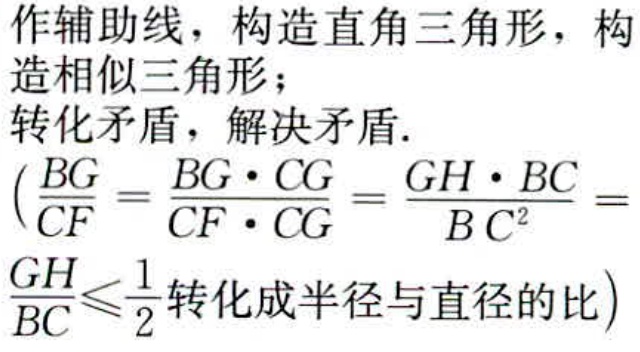
作辅助线，构造直角三角形，构
造相似三角形；
转化矛盾，解决矛盾.
$\left(\frac{BG}{CF}=\frac{BG\cdot CG}{CF\cdot CG}=\frac{GH\cdot BC}{BC^{2}}=\right.$
$\frac{GH}{BC}\leqslant\frac{1}{2}转化成半径与直径的比)$